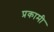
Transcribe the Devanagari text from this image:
प्रकामी